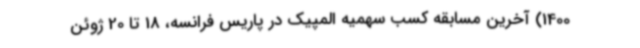
1400) آخرین مسابقه کسب سهمیه المپیک در پاریس فرانسه، 18 تا 20 ژوئن‌